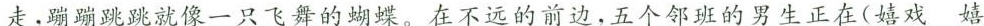
走，蹦蹦跳跳就像一只飞舞的蝴蝶。在不远的前边，五个邻班的男生正在(嬉戏 嬉